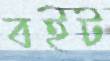
বইট